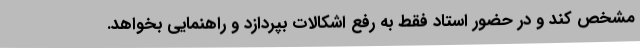
مشخص کند و در حضور استاد فقط به رفع اشکالات بپردازد و راهنمایی بخواهد.